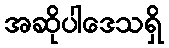
အဆိုပါဒေသရှိ